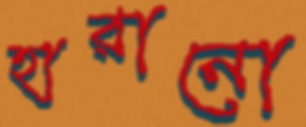
হারানো